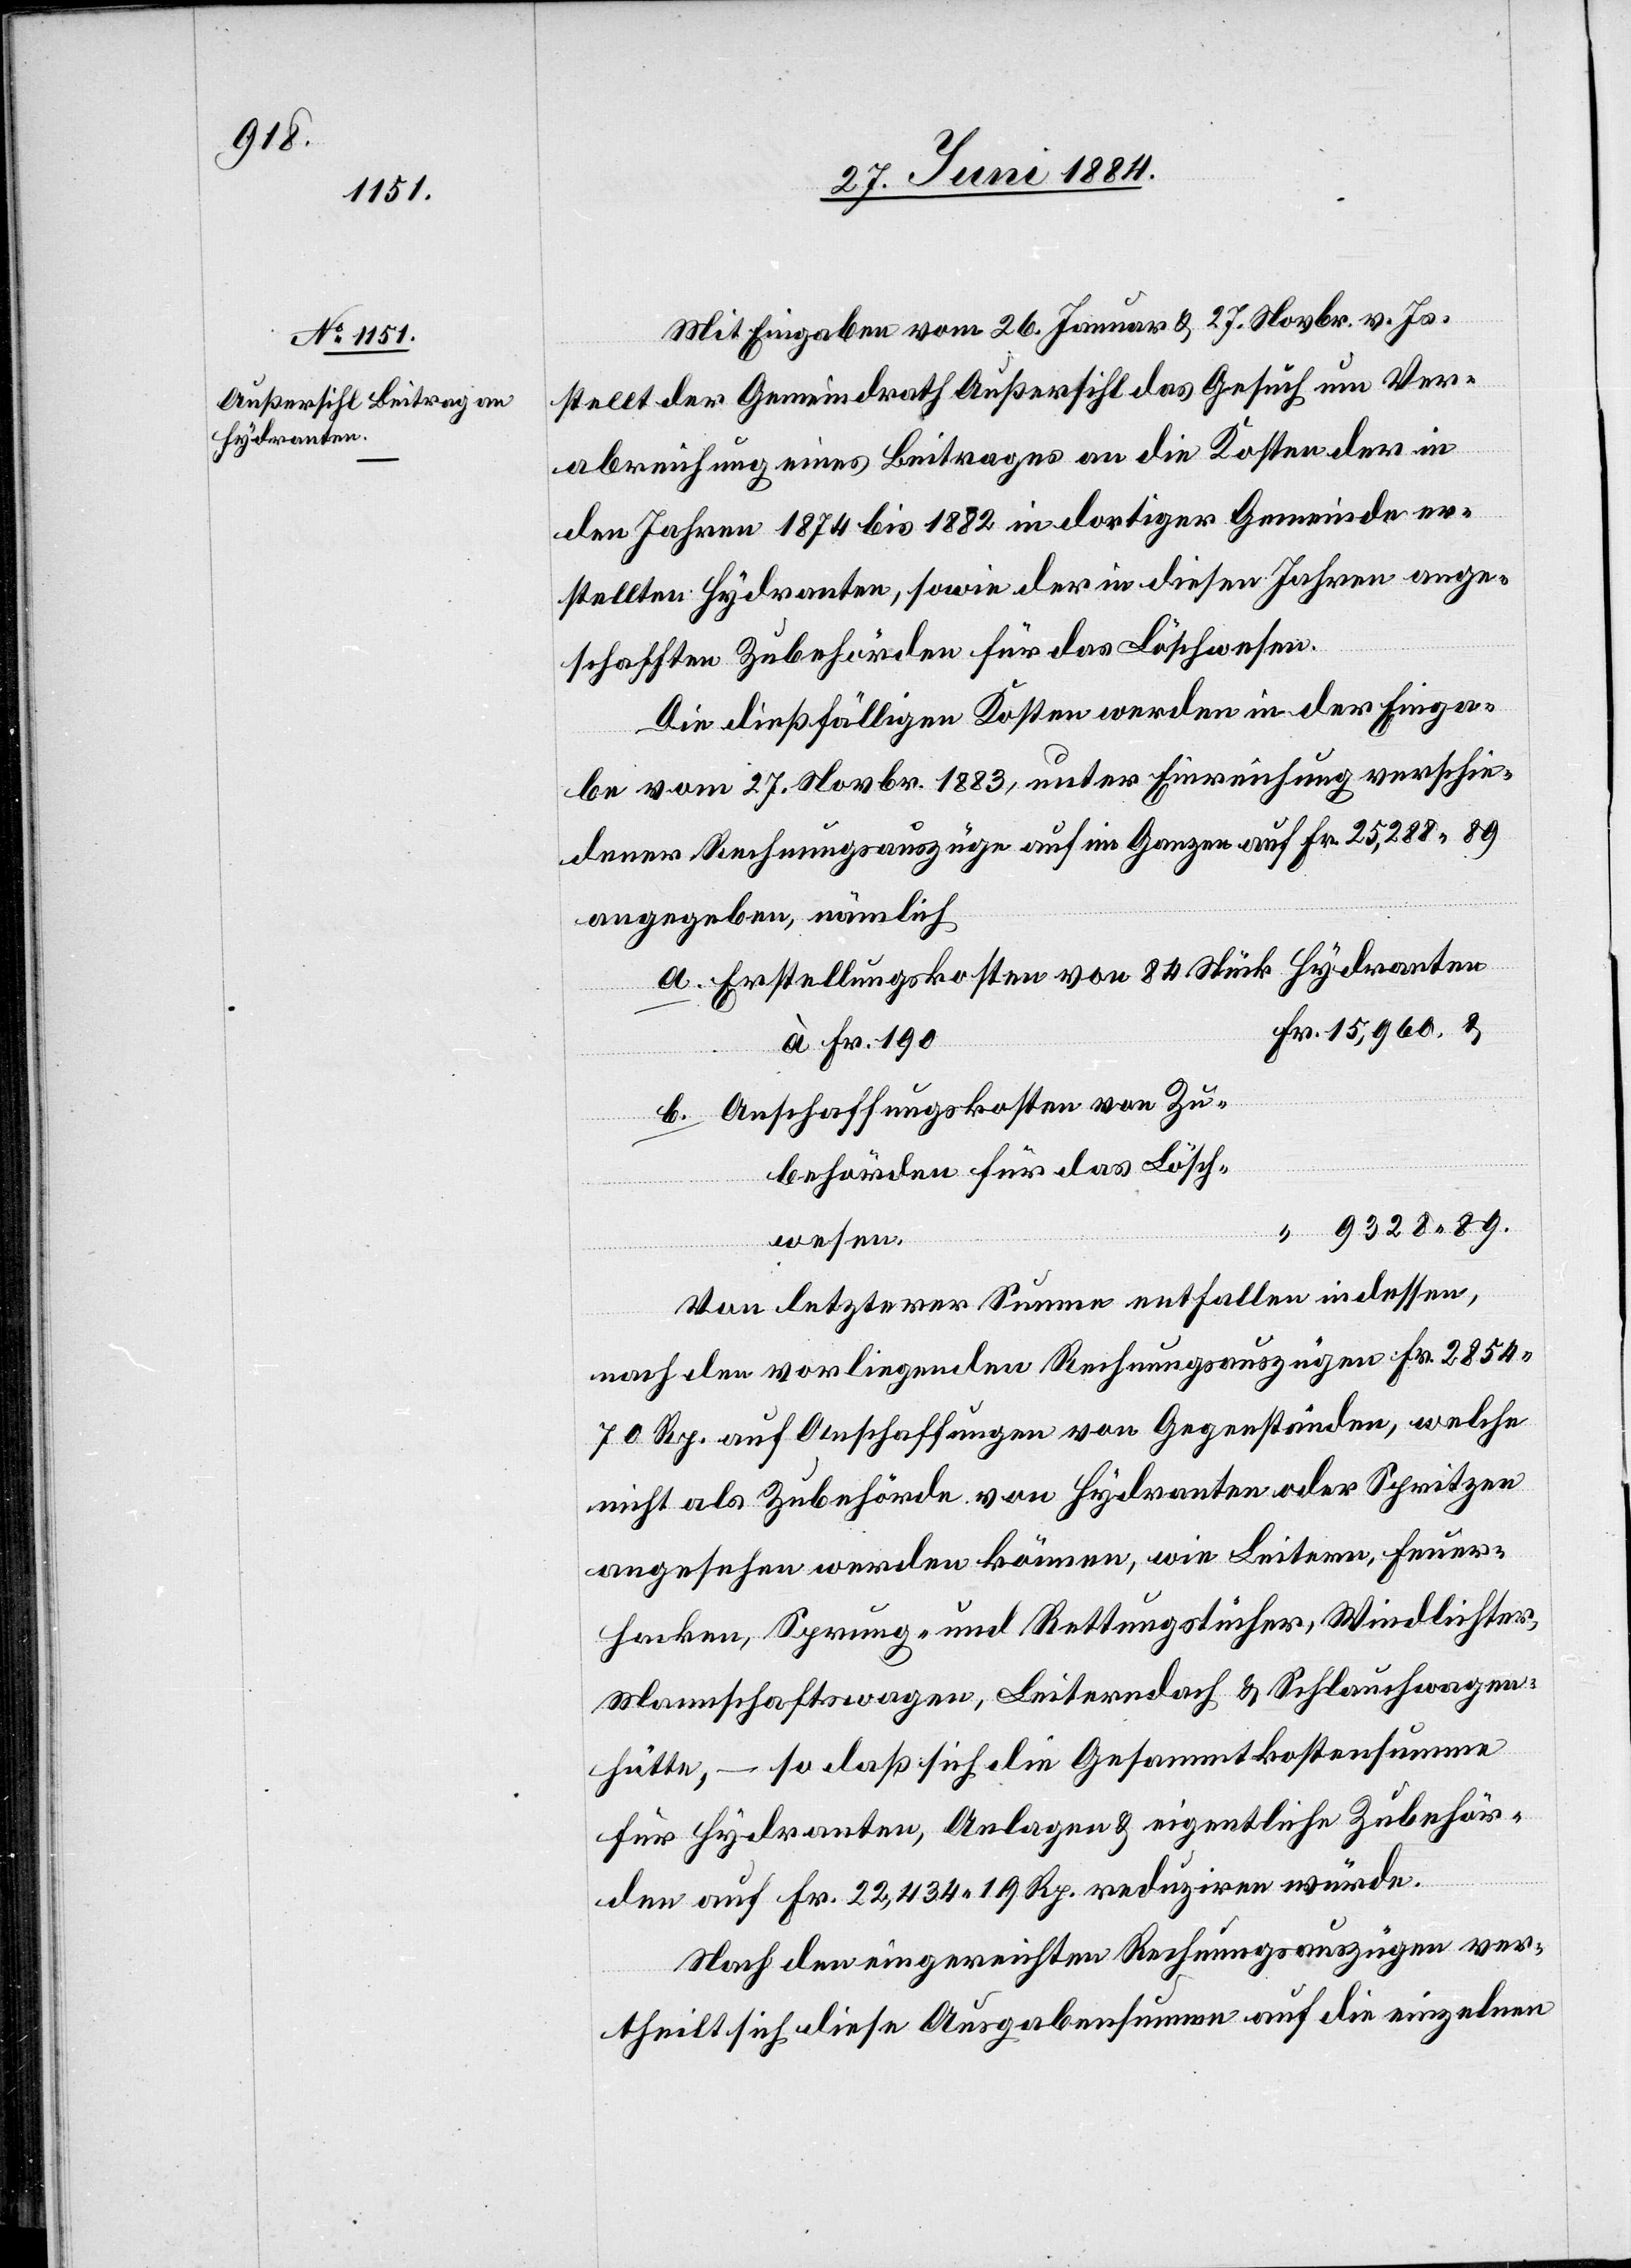
Mit Eingabe vom 26. Januar & 27. Novbr. v. Js.
b.
stellt der Gemeindrath Außersihl das Gesuch um Ver¬
abreichung eines Beitrages an die Kosten der in
den Jahren 1874 bis 1882 in dortiger Gemeinde er¬
stellten Hydranten, sowie der in diesen Jahren ange¬
schafften Zubehörden für das Löschwesen.
Die dießfälligen Kosten werden in der Einga¬
be vom 27. Novbr. 1883, unter Einreichung verschie¬
dener Rechnungsauszügen auf im Ganzen auf Fr. 25,288 89
angegeben, nämlich
Erstellungskosten von 84 Stück Hydranten
à Fr. 190
Anschaffungskosten von Zu¬
“
behörden für das Lösch¬
9328 89.
wesen
Von letzterer Summe entfallen indessen,
nach den vorliegenden Rechnungsauszügen Fr. 2854
70 Rp. auf Anschaffungen von Gegenständen, welche
nicht als Zubehörde von Hydranten oder Spritzen
angesehen werden könne, wie Leitern, Feuer¬
hacken, Sprung- und Rettungstücher, Windlichter,
Mannschaftswagen, Leiterndach & Schlauchwagen¬
hütte, – so daß sich die Gesammtkostensumme
für Hydranten, Anlagen & eigentliche Zubehör¬
den auf Fr. 22,434 19 Rp. reduziren würde.
Nach den eingereichten Rechnungsauszügen ver¬
theilt sich diese Ausgabensumme auf die einzelnen